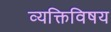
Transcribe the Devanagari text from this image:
व्यक्तिविषय